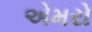
એમરો